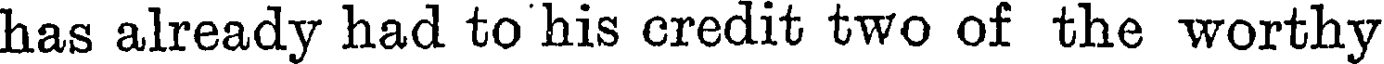
has already had to his credit two of the worthy